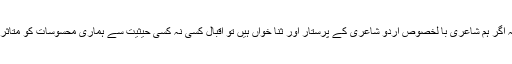
ساتھ ہی یہ بات بھی آشكار ہو جاتی ہے كہ اگر ہم شاعری با لخصوص اردو شاعری كے پرستار اور ثنا خواں ہیں تو اقبال كسی نہ كسی حیثیت سے ہماری محسوسات كو متاثر كرنے كی صلاحیت ضرور ركھتے ہیں ۔